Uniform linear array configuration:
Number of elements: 64
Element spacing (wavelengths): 0.5
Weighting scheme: kaiser
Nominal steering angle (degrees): -45
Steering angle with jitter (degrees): -46.892
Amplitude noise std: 0.05
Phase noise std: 0.05

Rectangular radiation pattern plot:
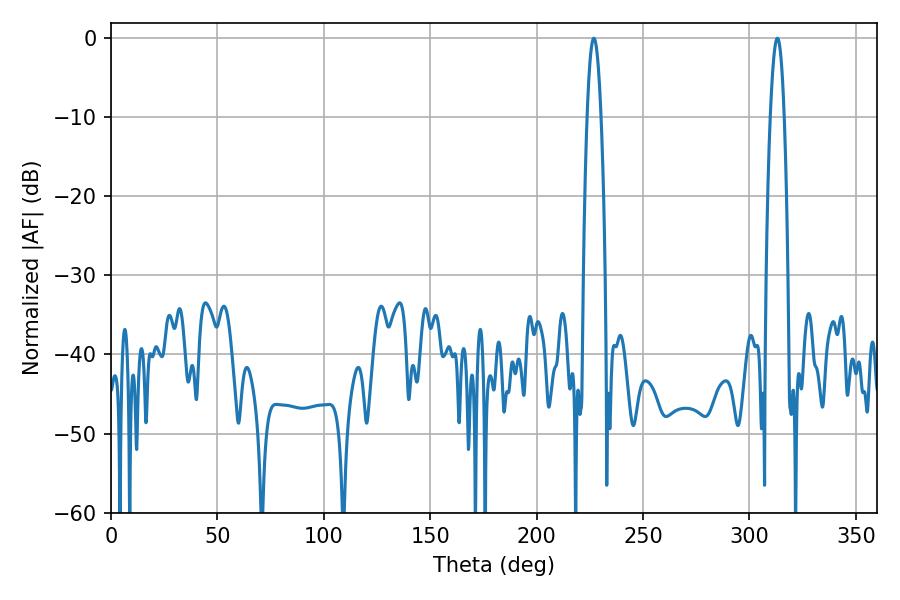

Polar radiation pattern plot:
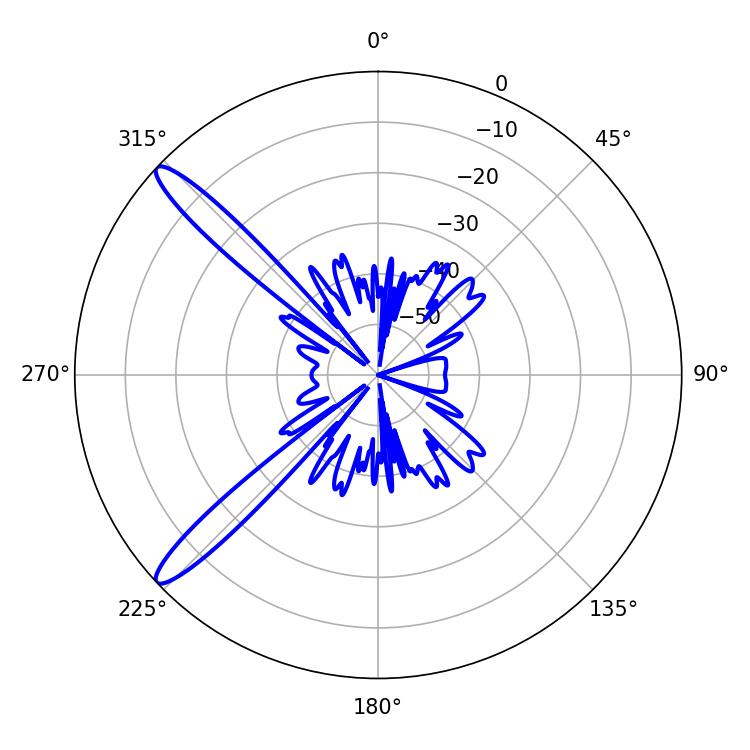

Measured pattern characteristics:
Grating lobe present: FALSE
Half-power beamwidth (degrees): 3.42
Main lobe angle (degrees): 226.8